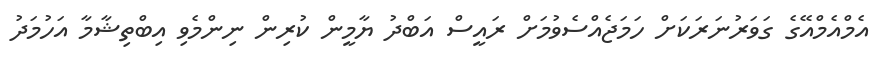
އެމްއެމްއޭގެ ގަވަރުނަރަކަށް ހަމަޖެއްސެވުމަށް ރައީސް އަބްދު ޔާމީން ކުރިން ނިންމެވި އިބްތިޝާމާ އަހުމަދު